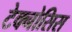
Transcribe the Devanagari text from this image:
टेक्नोसिस